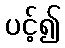
ပင့်၍